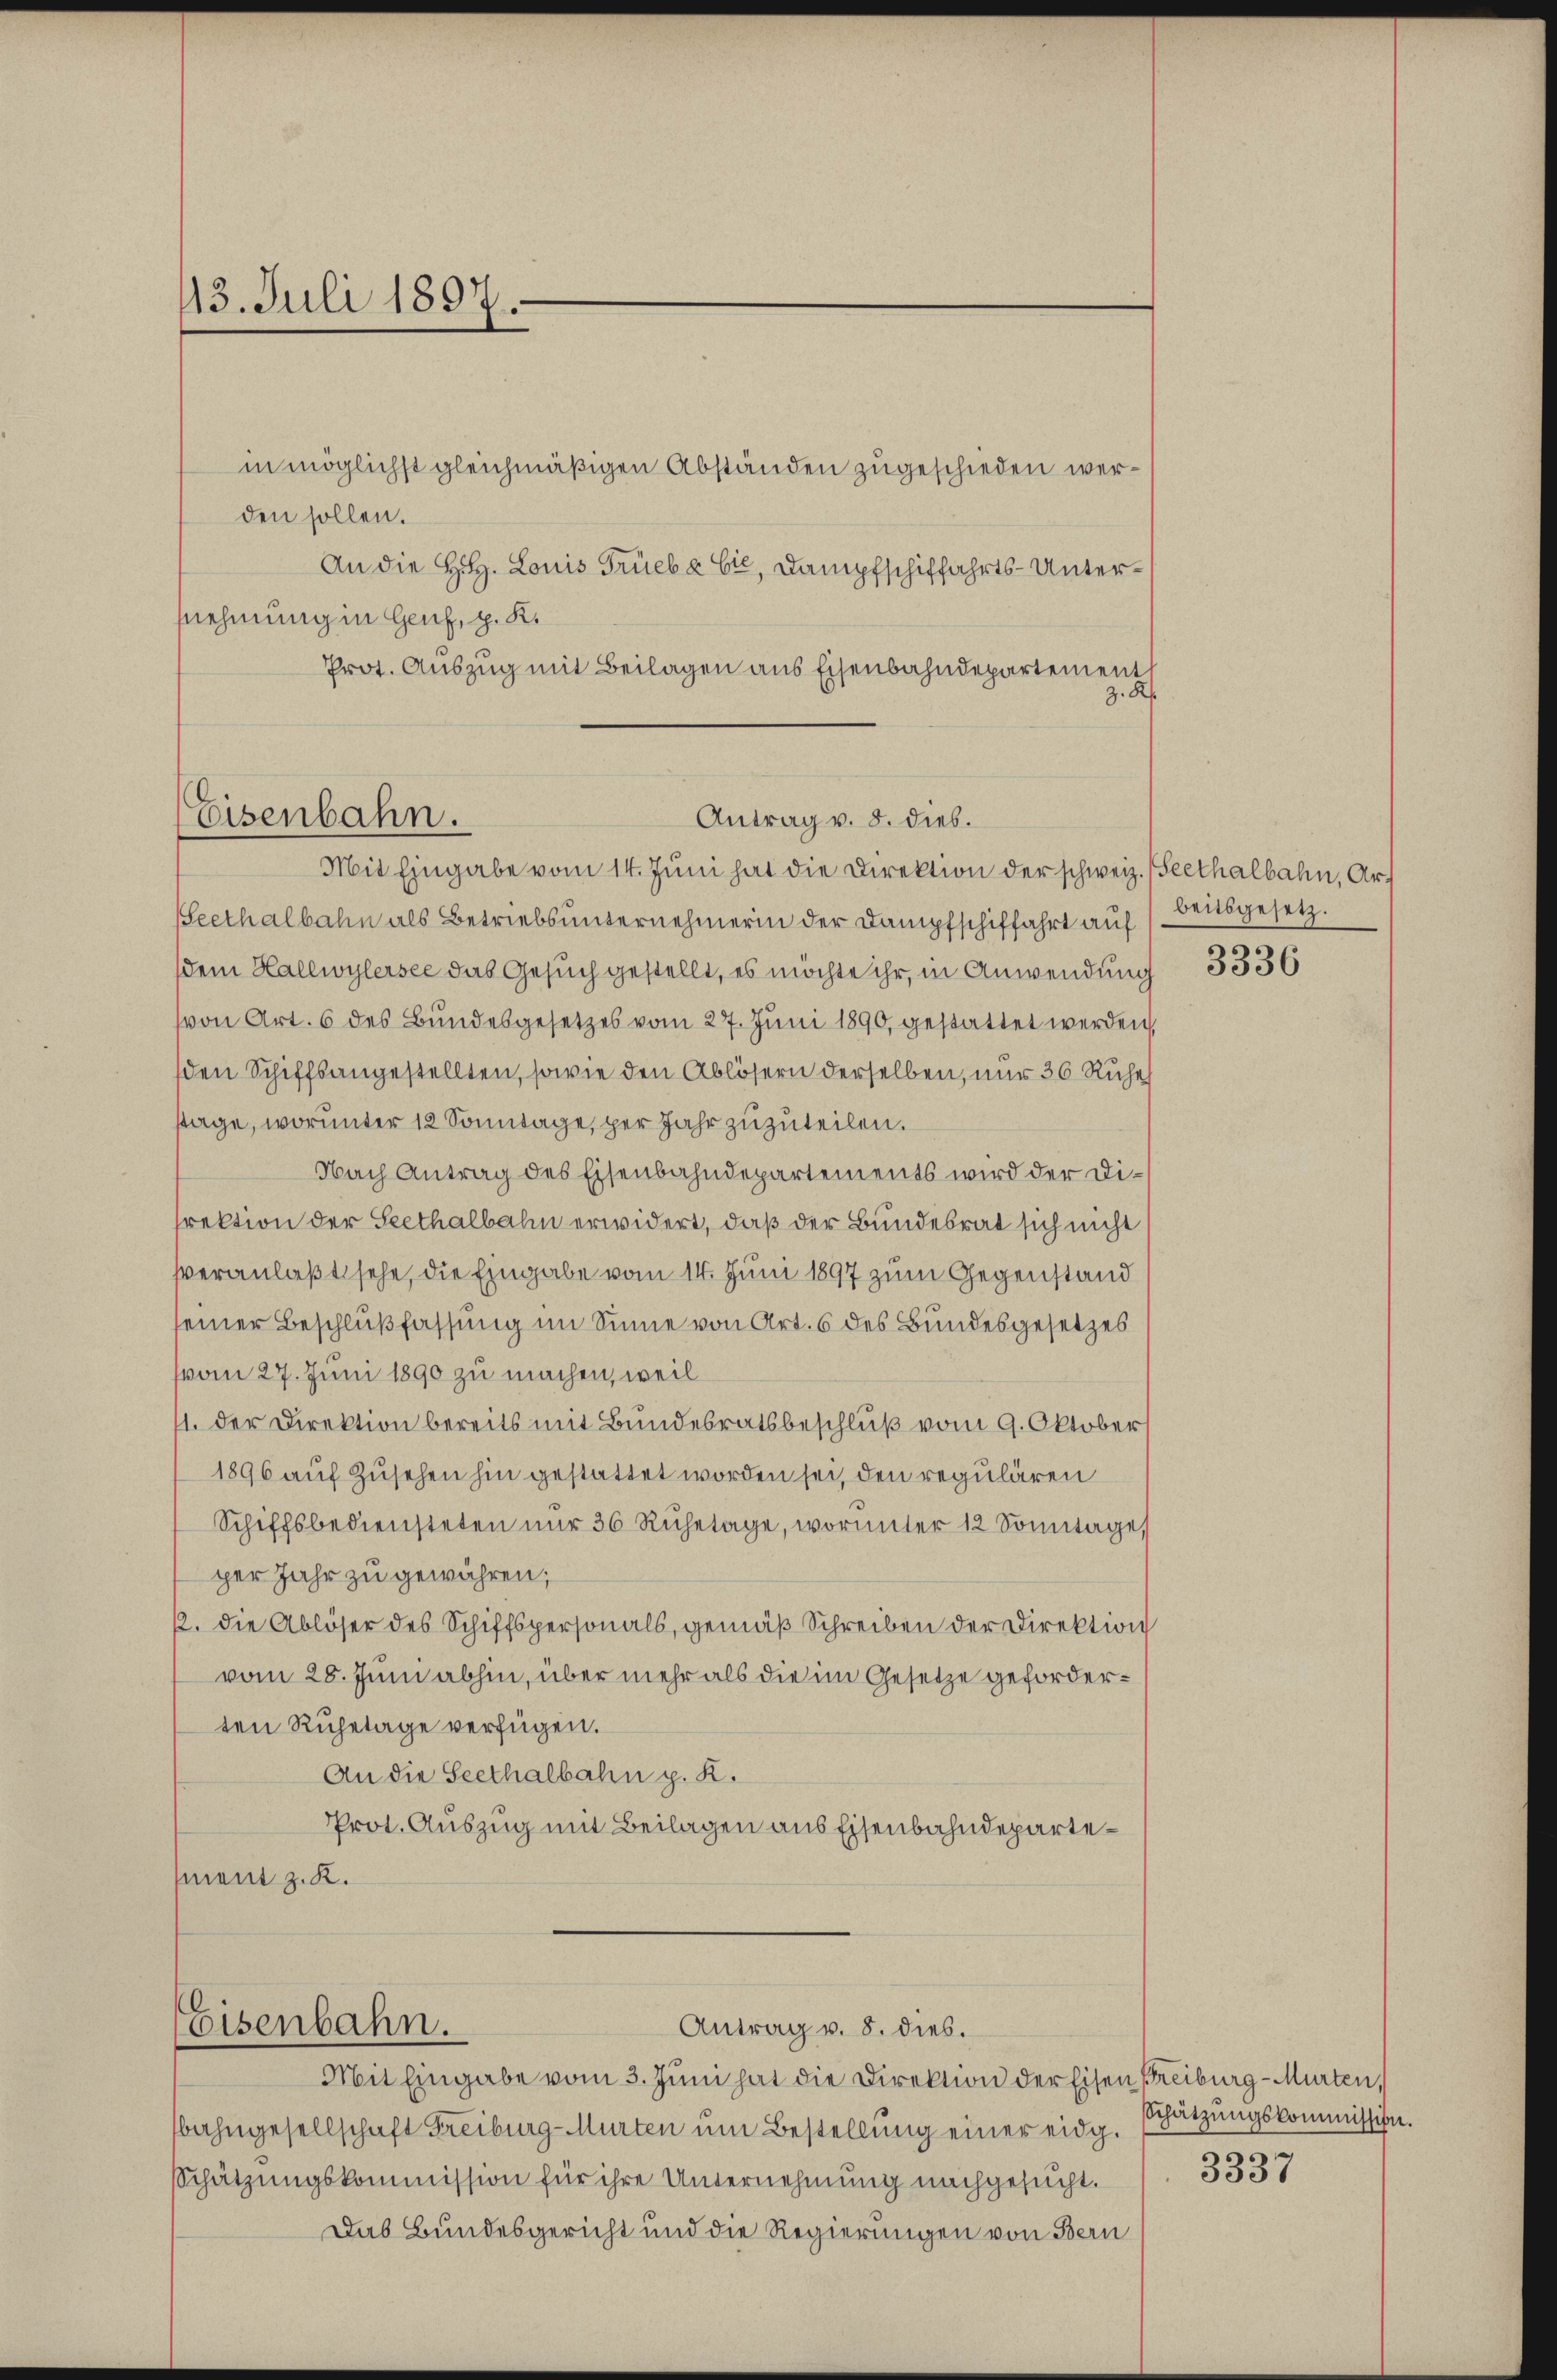
13. Juli 1897.

in möglichst gleichmäßigen Abständen zugeschieden werden sollen.
An die H. Louis Trieb & Cie, Dampfschiffahrts-Untersnehmung in Genf, p. K.
Prot. Auszug mit Beilagen aus Eisenbahndepartement
z. R.

Eisenbahn.
Antrag v. 8. dieb.
Mit Eingabe vom 14. Jŭni hat die Direktion der schweiz. (Seethalbahn, Ar¬

Seethalbahn als Betriebsunternehmerin der Dampfschiffahrt auf
sdem Hallwylersee das Gesuch gestellt, es möchte ihr, in Anwendung
(von Art. 6 des Bundesgesetzes vom 27. Juni 1890, gestattet werden,
den Schiffsangestellten, sowie den Ablösern derselben, nur 36 Ruhes
stage, worunter 12 Sonntage, per Jahr zuzuteilen.
Nach Antrag des Eisenbahndepartements wird der Direktion der Seethalbahn erwidert, daß der Bundesrat sich nicht
veranlaßt sehe, die Eingabe vom 14. Juni 1897 zum Gegenstand
seiner Beschlußfassung im Sinne von Art. 6 des Bundesgesetzes
vom 27. Juni 1890 zu machen, weil
1. der Direktion bereits mit Bundesratsbeschluß vom 9. Oktober
1896 auf Zusehen hin gestattet worden sei, den regulären
Schiffsbediensteten nŭr 36 Rŭhetage, worunter 12 Sonntage,
per Jahr zu gewähren;
p. die Ablöser des Schiffspersonals, gemäß Schreiben der Direktion
vom 28. Juni abhin, über mehr als die im Gesetze geforderten Ruhetage verfügen.
An die Seethalbahn p. K.
Prot. Auszug mit Beilagen aus Eisenbahndepartement z. K.

Eisenbahn.
Antrag v. 8. dies.
Mit Eingabe vom 3. Juni hat die Direktion der Eisen Freiburg - Murten,

bahngesellschaft Freiburg-Murten um Bestellung einer eidg.
Schätzungskommission für ihre Unternehmung nachgesucht.
Das Bundesgericht und die Regierungen von Bern

beitsgesetz.

3336

Schätzungskommission.
3337